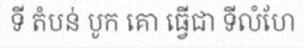
ទី តំបន់ បូក គោ ធ្វើជា ទីលំហែ